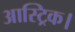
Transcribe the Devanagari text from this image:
आस्ट्रिक।